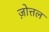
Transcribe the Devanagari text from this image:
ज़ोत्तल